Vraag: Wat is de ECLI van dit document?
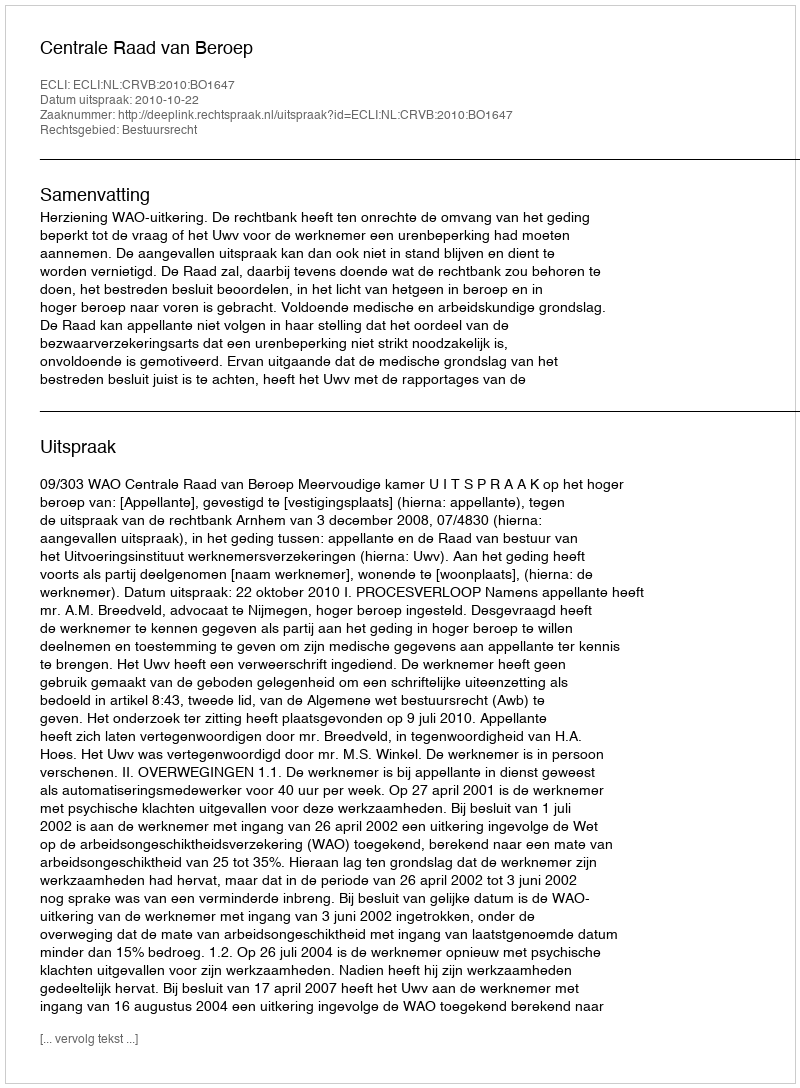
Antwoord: ECLI:NL:CRVB:2010:BO1647